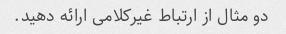
دو مثال از ارتباط غیرکلامی ارائه دهید.